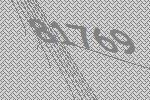
81769